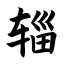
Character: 辎